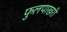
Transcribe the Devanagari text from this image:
फुलपाखरी